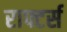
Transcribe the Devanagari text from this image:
राफ्टर्स